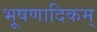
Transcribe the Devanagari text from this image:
भूषणादिकम्